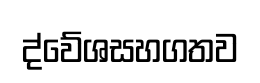
ද්වේශසහගතව